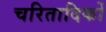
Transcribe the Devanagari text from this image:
चरितादिकों